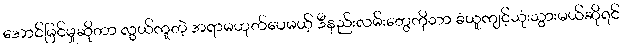
အောင်မြင်မှုဆိုတာ လွယ်ကူတဲ့ အရာမဟုတ်ပေမယ့် ဒီနည်းလမ်းတွေကိုသာ ခံယူကျင့်သုံးသွားမယ်ဆိုရင်